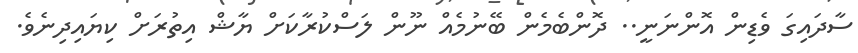
ސާދައިގަ ވެޑިން އޮންނަނީ.. ދޮންބެމެން ބޭނުމެއް ނޫން ލަސްކުރާކަށް ޔާޝް އިތުރަށް ކިޔައިދިނެވެ.